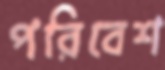
পরিবেশ